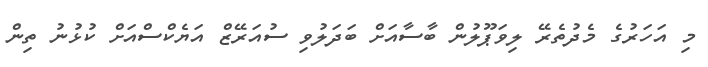
މި އަހަރުގެ މެދުތެރޭ ލިވަޕޫލުން ބާސާއަށް ބަދަލުވި ސުއަރޭޒް އަޔެކްސްއަށް ކުޅުނު ތިން